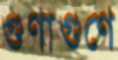
গুণাগুণে